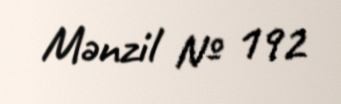
Mənzil № 192